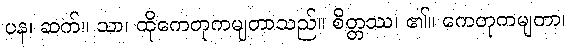
ပန၊ ဆက်။ သာ၊ ထိုကေတုကမျတာသည်။ စိတ္တဿ၊ ၏။ ကေတုကမျတာ၊